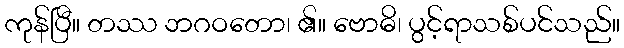
ကုန်ပြီ။ တဿ ဘဂဝတော၊ ၏။ ဗောဓိ၊ ပွင့်ရာသစ်ပင်သည်။